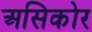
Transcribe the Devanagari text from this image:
असिकोर